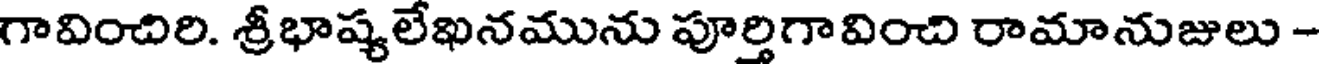
గావించిరి. శ్రీభాష్యలేఖనమును పూర్తిగావించి రామానుజులు -